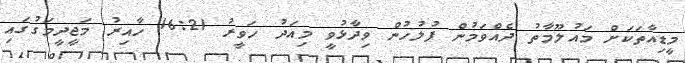
މީޑިއާތަކަށް މައުލޫމާތު ދެއްވަމުން ފުލުހުން ވިދާޅުވީ މިއަދު ހަވީރު 16:21 ހާއިރު މަޖީދީމަގުގައި